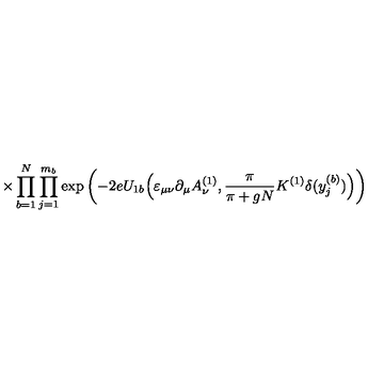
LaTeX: \times \prod _ { b = 1 } ^ { N } \prod _ { j = 1 } ^ { m _ { b } } \exp \left( - 2 e U _ { 1 b } \Big ( \varepsilon _ { \mu \nu } \partial _ { \mu } A _ { \nu } ^ { ( 1 ) } , \frac { \pi } { \pi + g N } K ^ { ( 1 ) } \delta ( y _ { j } ^ { ( b ) } ) \Big ) \right)